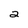
Character: 2